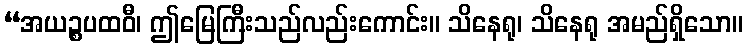
“အယဉ္စပထဝီ၊ ဤမြေကြီးသည်လည်းကောင်း။ သိနေရု၊ သိနေရု အမည်ရှိသော။